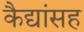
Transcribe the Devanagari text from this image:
कैद्यांसह